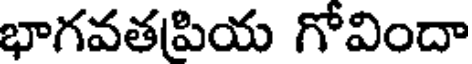
భాగవతపియ గోవిందా